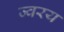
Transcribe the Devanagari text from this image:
ज्वरय